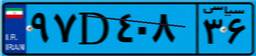
۹۳D۰۲۴۵۳